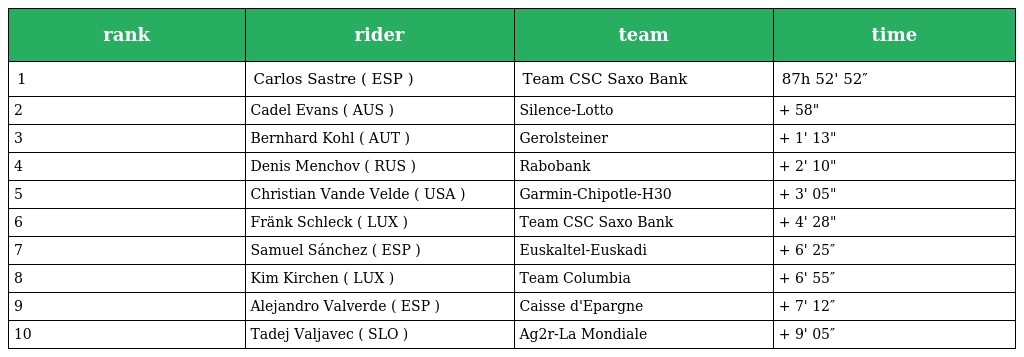
| rank | rider | team | time |
 | --- | --- | --- | --- |
 | 1 | Carlos Sastre ( ESP ) | Team CSC Saxo Bank | 87h 52' 52″ |
 | 2 | Cadel Evans ( AUS ) | Silence-Lotto | + 58" |
 | 3 | Bernhard Kohl ( AUT ) | Gerolsteiner | + 1' 13" |
 | 4 | Denis Menchov ( RUS ) | Rabobank | + 2' 10" |
 | 5 | Christian Vande Velde ( USA ) | Garmin-Chipotle-H30 | + 3' 05" |
 | 6 | Fränk Schleck ( LUX ) | Team CSC Saxo Bank | + 4' 28" |
 | 7 | Samuel Sánchez ( ESP ) | Euskaltel-Euskadi | + 6' 25″ |
 | 8 | Kim Kirchen ( LUX ) | Team Columbia | + 6' 55″ |
 | 9 | Alejandro Valverde ( ESP ) | Caisse d'Epargne | + 7' 12″ |
 | 10 | Tadej Valjavec ( SLO ) | Ag2r-La Mondiale | + 9' 05″ |